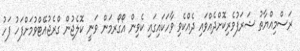
ރަސްމިއްޔާތު ޝަރަފުވެރިކޮށްދެއްވައި ދެއްކެވި ވާހަކައިގައި ކެވިން އޯގޯރމަން ވަނީ ކޮލެޖުން ގްރެޖުއޭޓްވުމަށްފަހު ފަހު